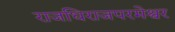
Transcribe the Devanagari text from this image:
राजधिराजपरमेश्वर